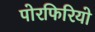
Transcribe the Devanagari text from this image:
पोरफिरियो